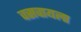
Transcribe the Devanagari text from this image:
वसवायला